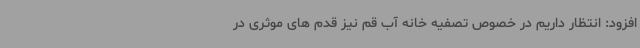
افزود: انتظار داریم در خصوص تصفیه خانه آب قم نیز قدم های موثری در